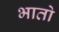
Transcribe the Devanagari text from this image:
भातो